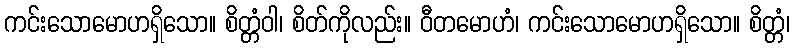
ကင်းသောမောဟရှိသော။ စိတ္တံဝါ၊ စိတ်ကိုလည်း။ ဝီတမောဟံ၊ ကင်းသောမောဟရှိသော။ စိတ္တံ၊